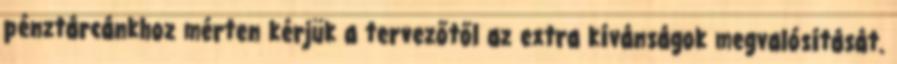
pénztárcánkhoz mérten kérjük a tervezőtől az extra kívánságok megvalósítását.